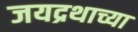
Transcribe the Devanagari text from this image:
जयद्रथाच्या